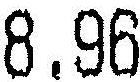
8.96